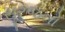
સૂરજનો